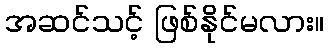
အဆင်သင့် ဖြစ်နိုင်မလား။